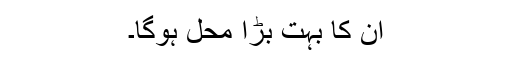
ان کا بہت بڑا محل ہوگا۔